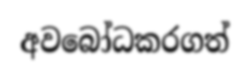
අවබෝධකරගත්